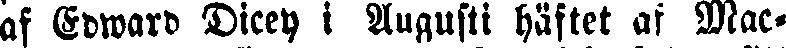
af Edward Dicey i Augusti häftet af Mac-